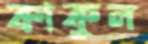
কাকুল